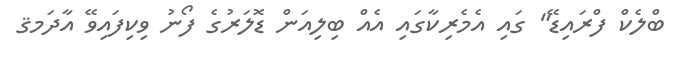
ބްލެކް ފްރައިޑޭ" ގައި އެމެރިކާގައި އެއް ބިލިއަން ޑޮލަރުގެ ފޯނު ވިކިފައިވޭ އާދަމޤ